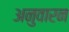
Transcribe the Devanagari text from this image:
अनुवारन